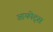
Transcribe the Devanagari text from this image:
आयपेट्स